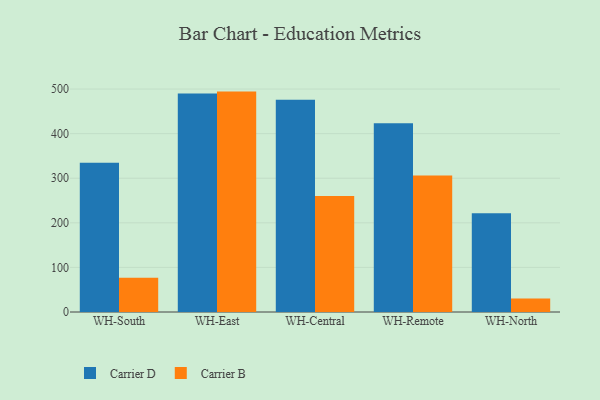
{"axis": {"x": "Warehouse", "y": "Churn Rate (%)"}, "legend": ["Carrier B", "Carrier D"], "data": [{"x": "WH-South", "y": 334.8, "type": "Carrier D"}, {"x": "WH-South", "y": 76.6, "type": "Carrier B"}, {"x": "WH-East", "y": 490.3, "type": "Carrier D"}, {"x": "WH-East", "y": 494.3, "type": "Carrier B"}, {"x": "WH-Central", "y": 475.8, "type": "Carrier D"}, {"x": "WH-Central", "y": 260.3, "type": "Carrier B"}, {"x": "WH-Remote", "y": 423.3, "type": "Carrier D"}, {"x": "WH-Remote", "y": 306.3, "type": "Carrier B"}, {"x": "WH-North", "y": 221.5, "type": "Carrier D"}, {"x": "WH-North", "y": 30.3, "type": "Carrier B"}]}